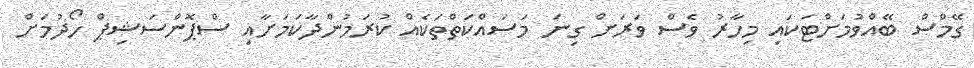
ގޭމްސް ބޭއްވުމަށްޓަކައި މިހާރު ވެސް ވަރަށް ގިނަ މަސައްކަތްތަކެއް ކުރަމުންދާކަމަށާއި ސްޕޮންސަޝިޕް ހޯދުމަށް